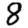
Digit: 8